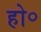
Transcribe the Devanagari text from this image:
हो॰